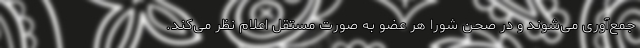
جمع‌آوری می‌شوند و در صحن شورا هر عضو به صورت مستقل اعلام نظر می‌کند.